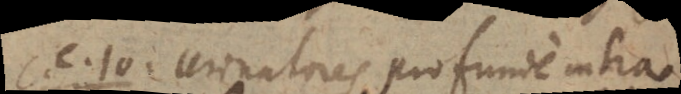
c. 10. Urinatores profunde intra